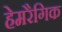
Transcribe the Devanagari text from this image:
हेमरैगिक